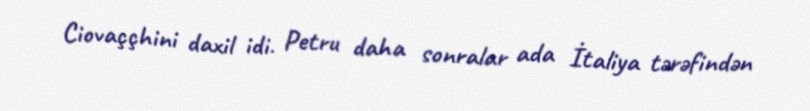
Ciovaççhini daxil idi. Petru daha sonralar ada İtaliya tərəfindən